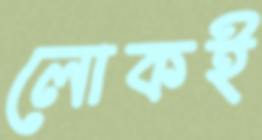
লোকই